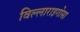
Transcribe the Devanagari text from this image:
विल्लाराइगोसा